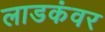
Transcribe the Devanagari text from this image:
लाडकंवर